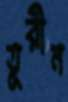
তুরীন